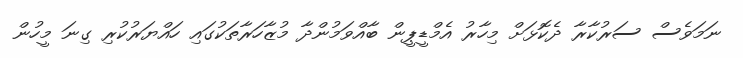
ނަމަވެސް ސަރުކާރާ ދެކޮޅަށް މިހާރު އެމްޑީޕީން ބާއްވަމުންދާ މުޒާހަރާތަކުގައި ހައްޔަރުކުރި ގިނަ މީހުން